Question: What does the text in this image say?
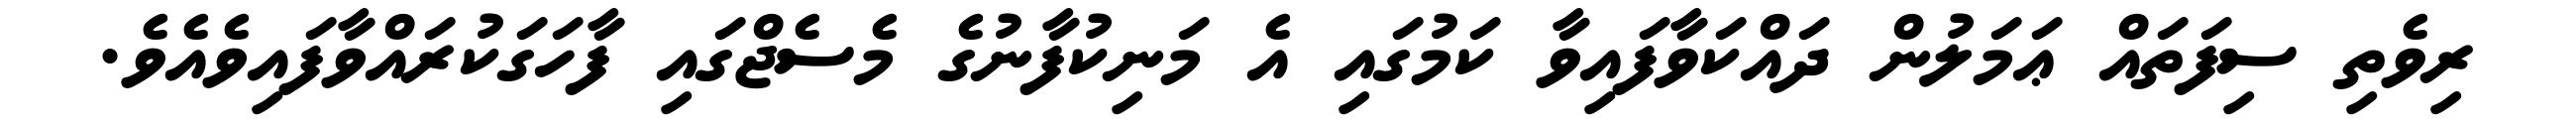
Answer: ރިވެތި ސިފަތައް ޢަމަލުން ދައްކަވާފައިވާ ކަމުގައި އެ މަނިކުފާނުގެ މެސެޖްގައި ފާހަގަކުރައްވާފައިވެއެވެ.